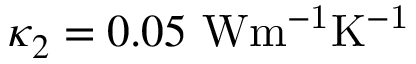
\kappa _ { 2 } = 0 . 0 5 ~ \mathrm { { W m ^ { - 1 } K ^ { - 1 } } }